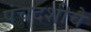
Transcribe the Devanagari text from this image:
पंचदशीचे